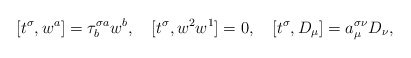
\begin{align*}[t^\sigma, w^a]=\tau^{\sigma a}_bw^b,\quad [t^\sigma, w^2w^1]=0,\quad [t^\sigma, D_\mu]=a^{\sigma \nu}_\mu D_\nu,\end{align*}